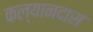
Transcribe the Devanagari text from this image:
कल्यानदास